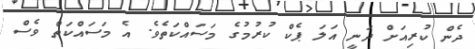
ދެން ކުރިއަށް ދަނީ އަލަ ޕެކް ކުރުމުގެ މަސައްކަތެވެ. އެ މަސައްކަތް ވެސް